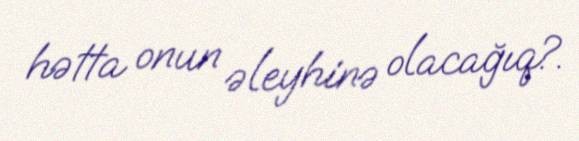
hətta onun əleyhinə olacağıq?.